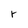
Character: r